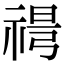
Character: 𥚜